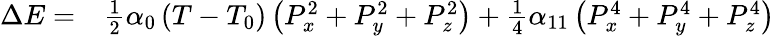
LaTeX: \begin{array}{ll}{\Delta E=}&{{\frac{1}{2}}\alpha_{0}\left(T-T_{0}\right)\left(P_{x}^{2}+P_{y}^{2}+P_{z}^{2}\right)+{\frac{1}{4}}\alpha_{11}\left(P_{x}^{4}+P_{y}^{4}+P_{z}^{4}\right)}\end{array}